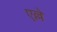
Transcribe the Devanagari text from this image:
एल्ले